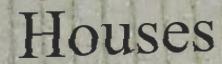
Houses